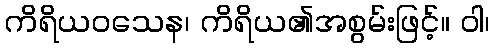
ကိရိယဝသေန၊ ကိရိယ၏အစွမ်းဖြင့်။ ဝါ၊